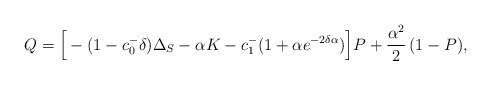
\begin{align*}Q=\Big[-(1-c_{0}^{-}\delta)\Delta_S -\alpha K -c_{1}^{-}(1+\alpha e^{-2\delta\alpha}) \Big] P + \dfrac{\alpha^2}{2}\, (1-P),\end{align*}